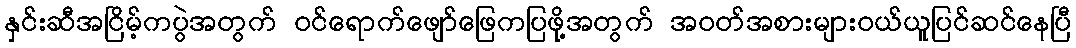
နှင်းဆီအငြိမ့်ကပွဲအတွက် ဝင်ရောက်ဖျော်ဖြေကပြဖို့အတွက် အဝတ်အစားများဝယ်ယူပြင်ဆင်နေပြီ